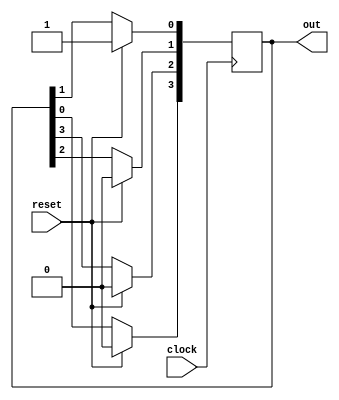
`timescale 1ns / 1ps
//////////////////////////////////////////////////////////////////////////////////
// Company: 
// Engineer: 
// 
// Design Name: 
// Module Name: ring_counter
// Project Name: 
// Target Devices: 
// Tool Versions: 
// Description: 
// 
// Dependencies: 
// 
// Revision:
// Revision 0.01 - File Created
// Additional Comments:
// 
//////////////////////////////////////////////////////////////////////////////////


module ring_counter(
    input clock, 
    input reset,
    output reg [3:0] out
);
    integer i;

    always @(posedge clock) begin
        if (reset)
            out <= 4'b0001; // Initialize the counter on reset
        else begin
            out[3] <= out[0];
            for (i = 0; i < 3; i = i + 1) begin
                out[i] <= out[i+1];
            end
        end
    end
endmodule